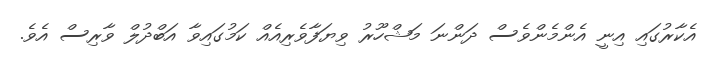
އެކާރުގައި އިނީ އެންމެންވެސް ދަންނަ މަޝްހޫރު ވިޔަފާވެރިއެއް ކަމުގައިވާ އަބްދުލް ވާރިސް އެވެ.